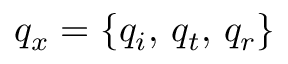
q _ { x } = \{ q _ { i } , \, q _ { t } , \, q _ { r } \}